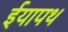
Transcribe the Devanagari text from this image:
ईयापथ